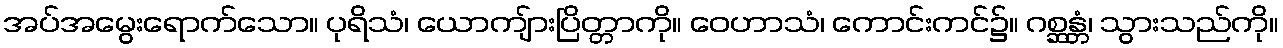
အပ်အမွေးရောက်သော။ ပုရိသံ၊ ယောကျ်ားပြိတ္တာကို။ ဝေဟာသံ၊ ကောင်းကင်၌။ ဂစ္ဆန္တံ၊ သွားသည်ကို။